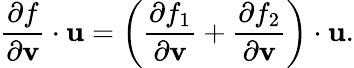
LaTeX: {\frac{\partial f}{\partial\mathbf{v}}}\cdot\mathbf{u}=\left({\frac{\partial f_{1}}{\partial\mathbf{v}}}+{\frac{\partial f_{2}}{\partial\mathbf{v}}}\right)\cdot\mathbf{u}.